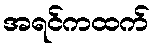
အရင်ကထက်